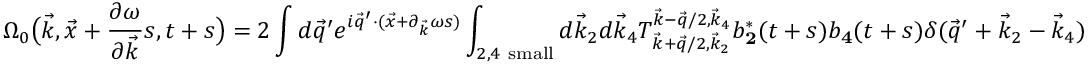
\Omega _ { 0 } \big ( \vec { k } , \vec { x } + \frac { \partial \omega } { \partial \vec { k } } s , t + s \big ) = 2 \int d \vec { q } ^ { \prime } e ^ { i \vec { q } ^ { \prime } \cdot ( \vec { x } + \partial _ { \vec { k } } \omega s ) } \int _ { 2 , 4 \mathrm { ~ s m a l l } } d \vec { k } _ { 2 } d \vec { k } _ { 4 } T _ { \vec { k } + \vec { q } / 2 , \vec { k } _ { 2 } } ^ { \vec { k } - \vec { q } / 2 , \vec { k } _ { 4 } } b _ { \mathbf 2 } ^ { * } ( t + s ) b _ { \mathbf 4 } ( t + s ) \delta ( \vec { q } ^ { \prime } + \vec { k } _ { 2 } - \vec { k } _ { 4 } )